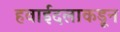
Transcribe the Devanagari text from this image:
हवाईदलाकडून